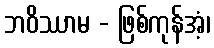
ဘဝိဿာမ - ဖြစ်ကုန်အံ့၊